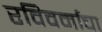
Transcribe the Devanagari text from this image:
रविवर्माचा